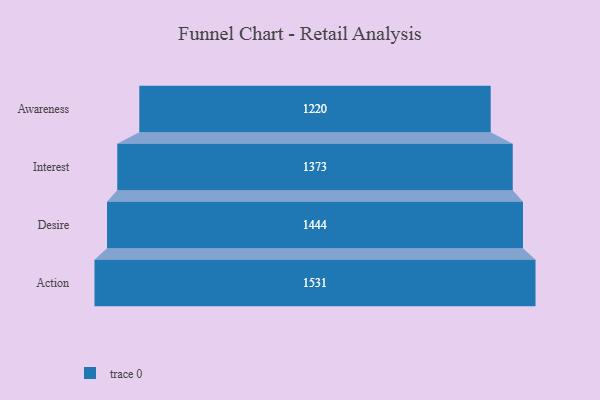
{"axis": {"x": "Stage", "y": "Value"}, "legend": [""], "data": [{"x": "Awareness", "y": 1220.0, "type": ""}, {"x": "Interest", "y": 1373.0, "type": ""}, {"x": "Desire", "y": 1444.0, "type": ""}, {"x": "Action", "y": 1531.0, "type": ""}]}